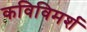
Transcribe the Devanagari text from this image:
कविविमर्श